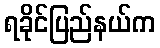
ရခိုင်ပြည်နယ်က